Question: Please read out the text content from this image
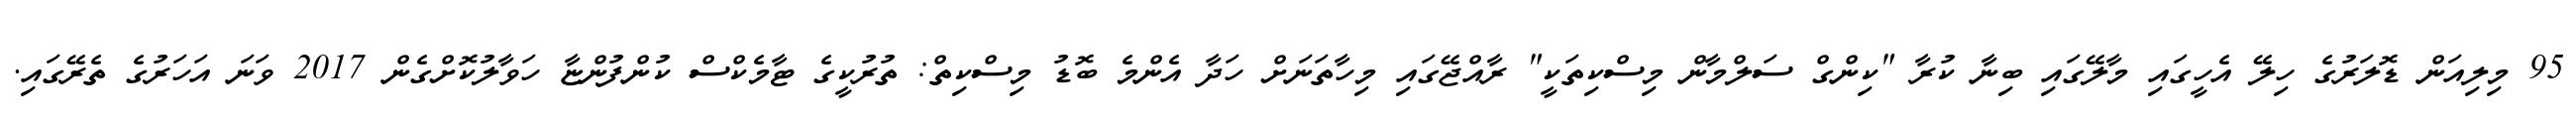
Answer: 95 މިލިއަން ޑޮލަރުގެ ހިލޭ އެހީގައި މާލޭގައި ބިނާ ކުރާ "ކިންގް ސަލްމާން މިސްކިތަކީ" ރާއްޖޭގައި މިހާތަނަށް ހަދާ އެންމެ ބޮޑު މިސްކިތް: ތުރުކީގެ ޓާމެކްސް ކުންފުންޏާ ހަވާލުކޮށްގެން 2017 ވަނަ އަހަރުގެ ތެރޭގައި.